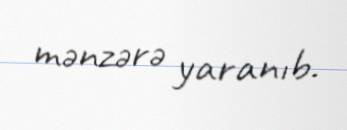
mənzərə yaranıb.